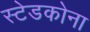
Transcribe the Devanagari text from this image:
स्टेडकोना